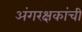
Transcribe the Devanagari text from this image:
अंगरक्षकांची